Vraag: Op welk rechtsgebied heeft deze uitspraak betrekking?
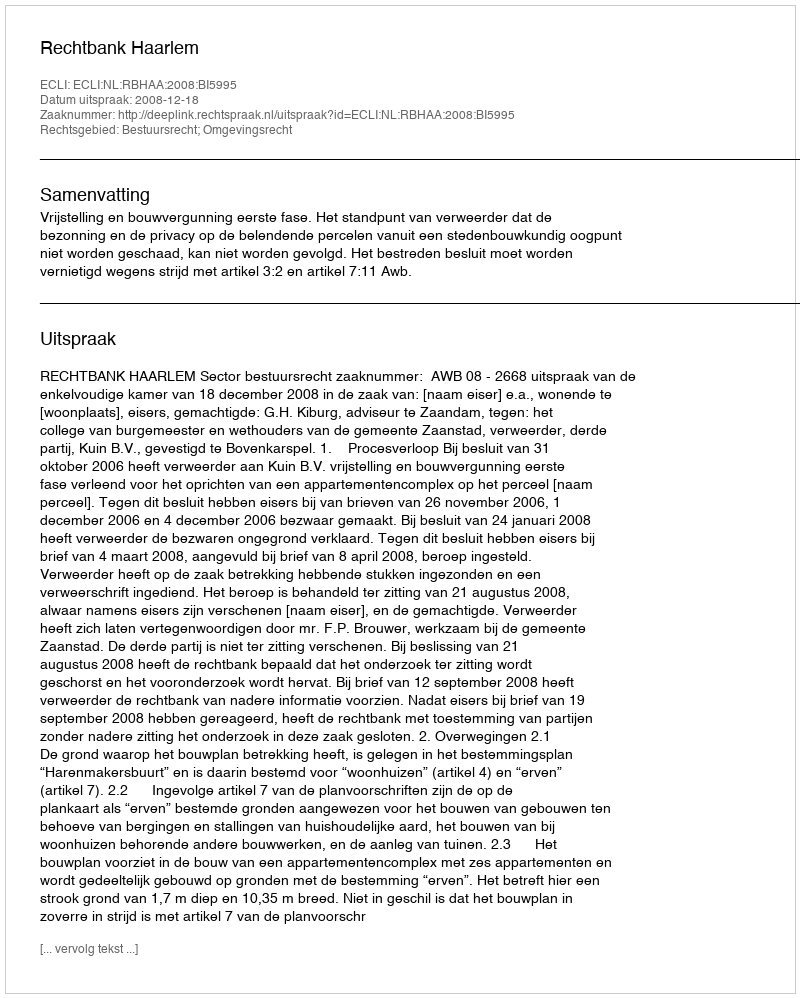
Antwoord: Bestuursrecht; Omgevingsrecht